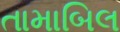
તામાબિલ